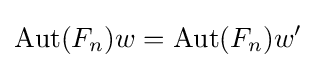
\operatorname {Aut} (F_{n})w=\operatorname {Aut} (F_{n})w'